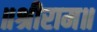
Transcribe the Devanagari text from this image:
॥श्रीराम॥